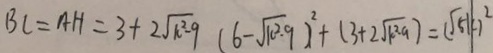
B C = A H = 3 + 2 \sqrt { k ^ { 2 } - 9 } ( 6 - \sqrt { 1 0 ^ { 2 } - 9 } ) ^ { 2 } + ( 3 + 2 \sqrt { k ^ { 2 } - 9 } ) = ( \sqrt { 5 k } ) ^ { 2 }